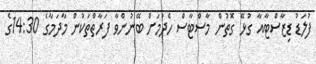
ފުލަޑު ޑިޒާސްޓާއާ ގުޅޭ ގޮތުން މާސްޓާސް ހެދުމަށް ބޭނުންވާ ފަރާތްތަކުން މާދަމާގެ 14:30ގެ